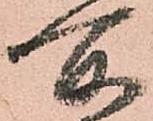
所